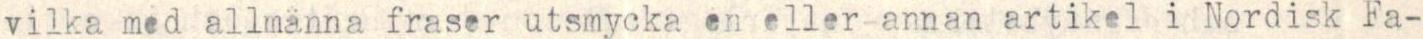
vilka med allmänna fraser utsmycka en eller annan artikel i Nordisk Fa-